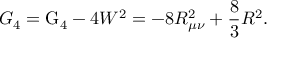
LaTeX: { \cal G } _ { 4 } = \mathrm { G } _ { 4 } - 4 W ^ { 2 } = - 8 R _ { \mu \nu } ^ { 2 } + \frac { 8 } { 3 } R ^ { 2 } .